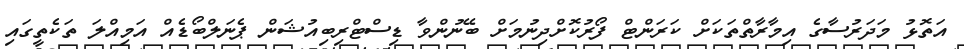
އަތޮޅު މަދަރުސާގެ އިމާރާތްތަކަށް ކަރަންޓް ފޯރުކޮށްދިނުމަށް ބޭނުންވާ ޑިސްޓްރިބިއުޝަން ޕެނަލްބޯޑެއް އަމިއްލަ ތަކެތީގައި